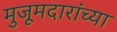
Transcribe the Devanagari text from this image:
मुजूमदारांच्या